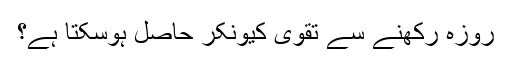
روزہ رکھنے سے تقویٰ کیونکر حاصل ہوسکتا ہے؟